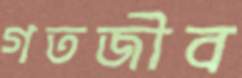
গতজীব